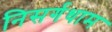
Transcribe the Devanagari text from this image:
निसर्गधाम